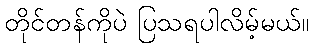
တိုင်တန်ကိုပဲ ပြသရပါလိမ့်မယ်။